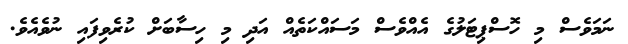
ނަމަވެސް މި ހޮސްޕިޓަލުގެ އެއްވެސް މަސައްކަތެއް އަދި މި ހިސާބަށް ކުރެވިފައި ނުވެއެވެ.